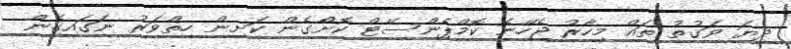
ދިޔަ ވަގުތު ތައް މިހާރު ޖެހޭނެ ކޮމްޕެންސޭޓް ކޮށްގެން ކަށިން ހިތްވަރު ނަގައިގެން